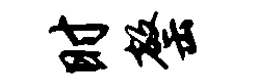
时罄